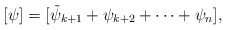
\begin{align*} [\psi] = [\tilde{\psi}_{k+1} + \psi_{k+2} + \dots + \psi_n], \end{align*}